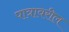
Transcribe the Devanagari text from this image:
पात्रावरील